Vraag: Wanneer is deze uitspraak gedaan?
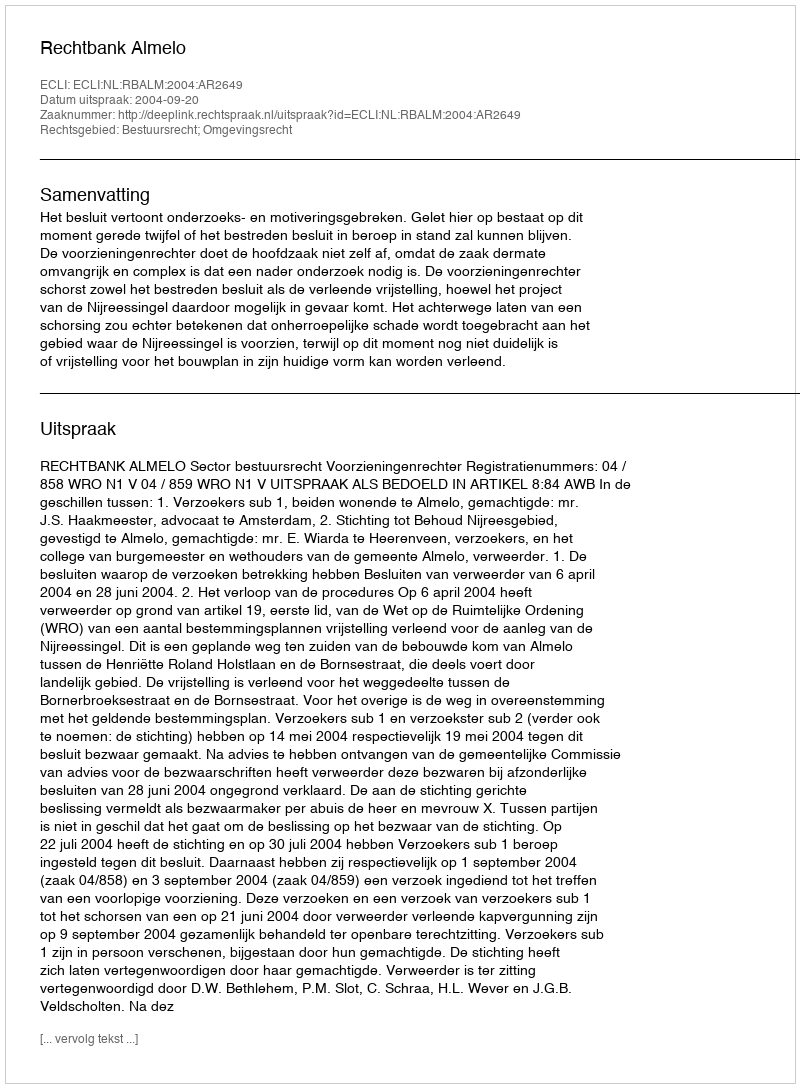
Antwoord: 2004-09-20